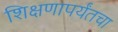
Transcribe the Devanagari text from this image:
शिक्षणापर्यंतचा